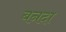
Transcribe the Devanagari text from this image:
बनदा